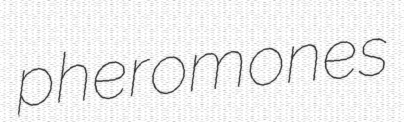
pheromones